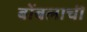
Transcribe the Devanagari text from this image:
बोंबलाची